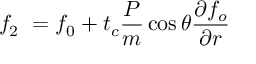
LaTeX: f _ { 2 } \ = f _ { 0 } + t _ { c } \frac { P } { m } \cos \theta \frac { \partial f _ { o } } { \partial r }